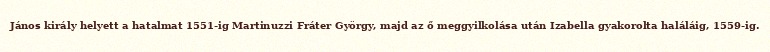
János király helyett a hatalmat 1551-ig Martinuzzi Fráter György, majd az ő meggyilkolása után Izabella gyakorolta haláláig, 1559-ig.